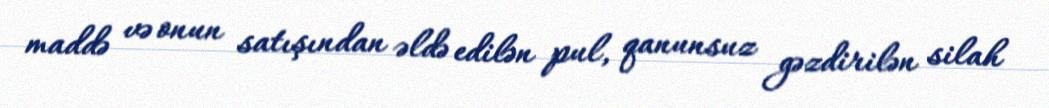
maddə və onun satışından əldə edilən pul, qanunsuz gəzdirilən silah